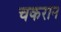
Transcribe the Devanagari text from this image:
चकरान